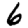
Digit: 6